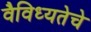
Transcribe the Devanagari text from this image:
वैविध्यतेचे